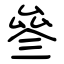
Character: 叄